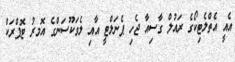
އެއީ އެތްލެޓިކޯގެ ރައުލް ގާސިއާ ޖެހި ޕެނަލްޓީ އާއި ލެވަކޫސަންގެ އޮމރު ޓޮޕްރަކް